38_143685_box_Incident_Summaries_173-233
Agency: Department of War
Page 31
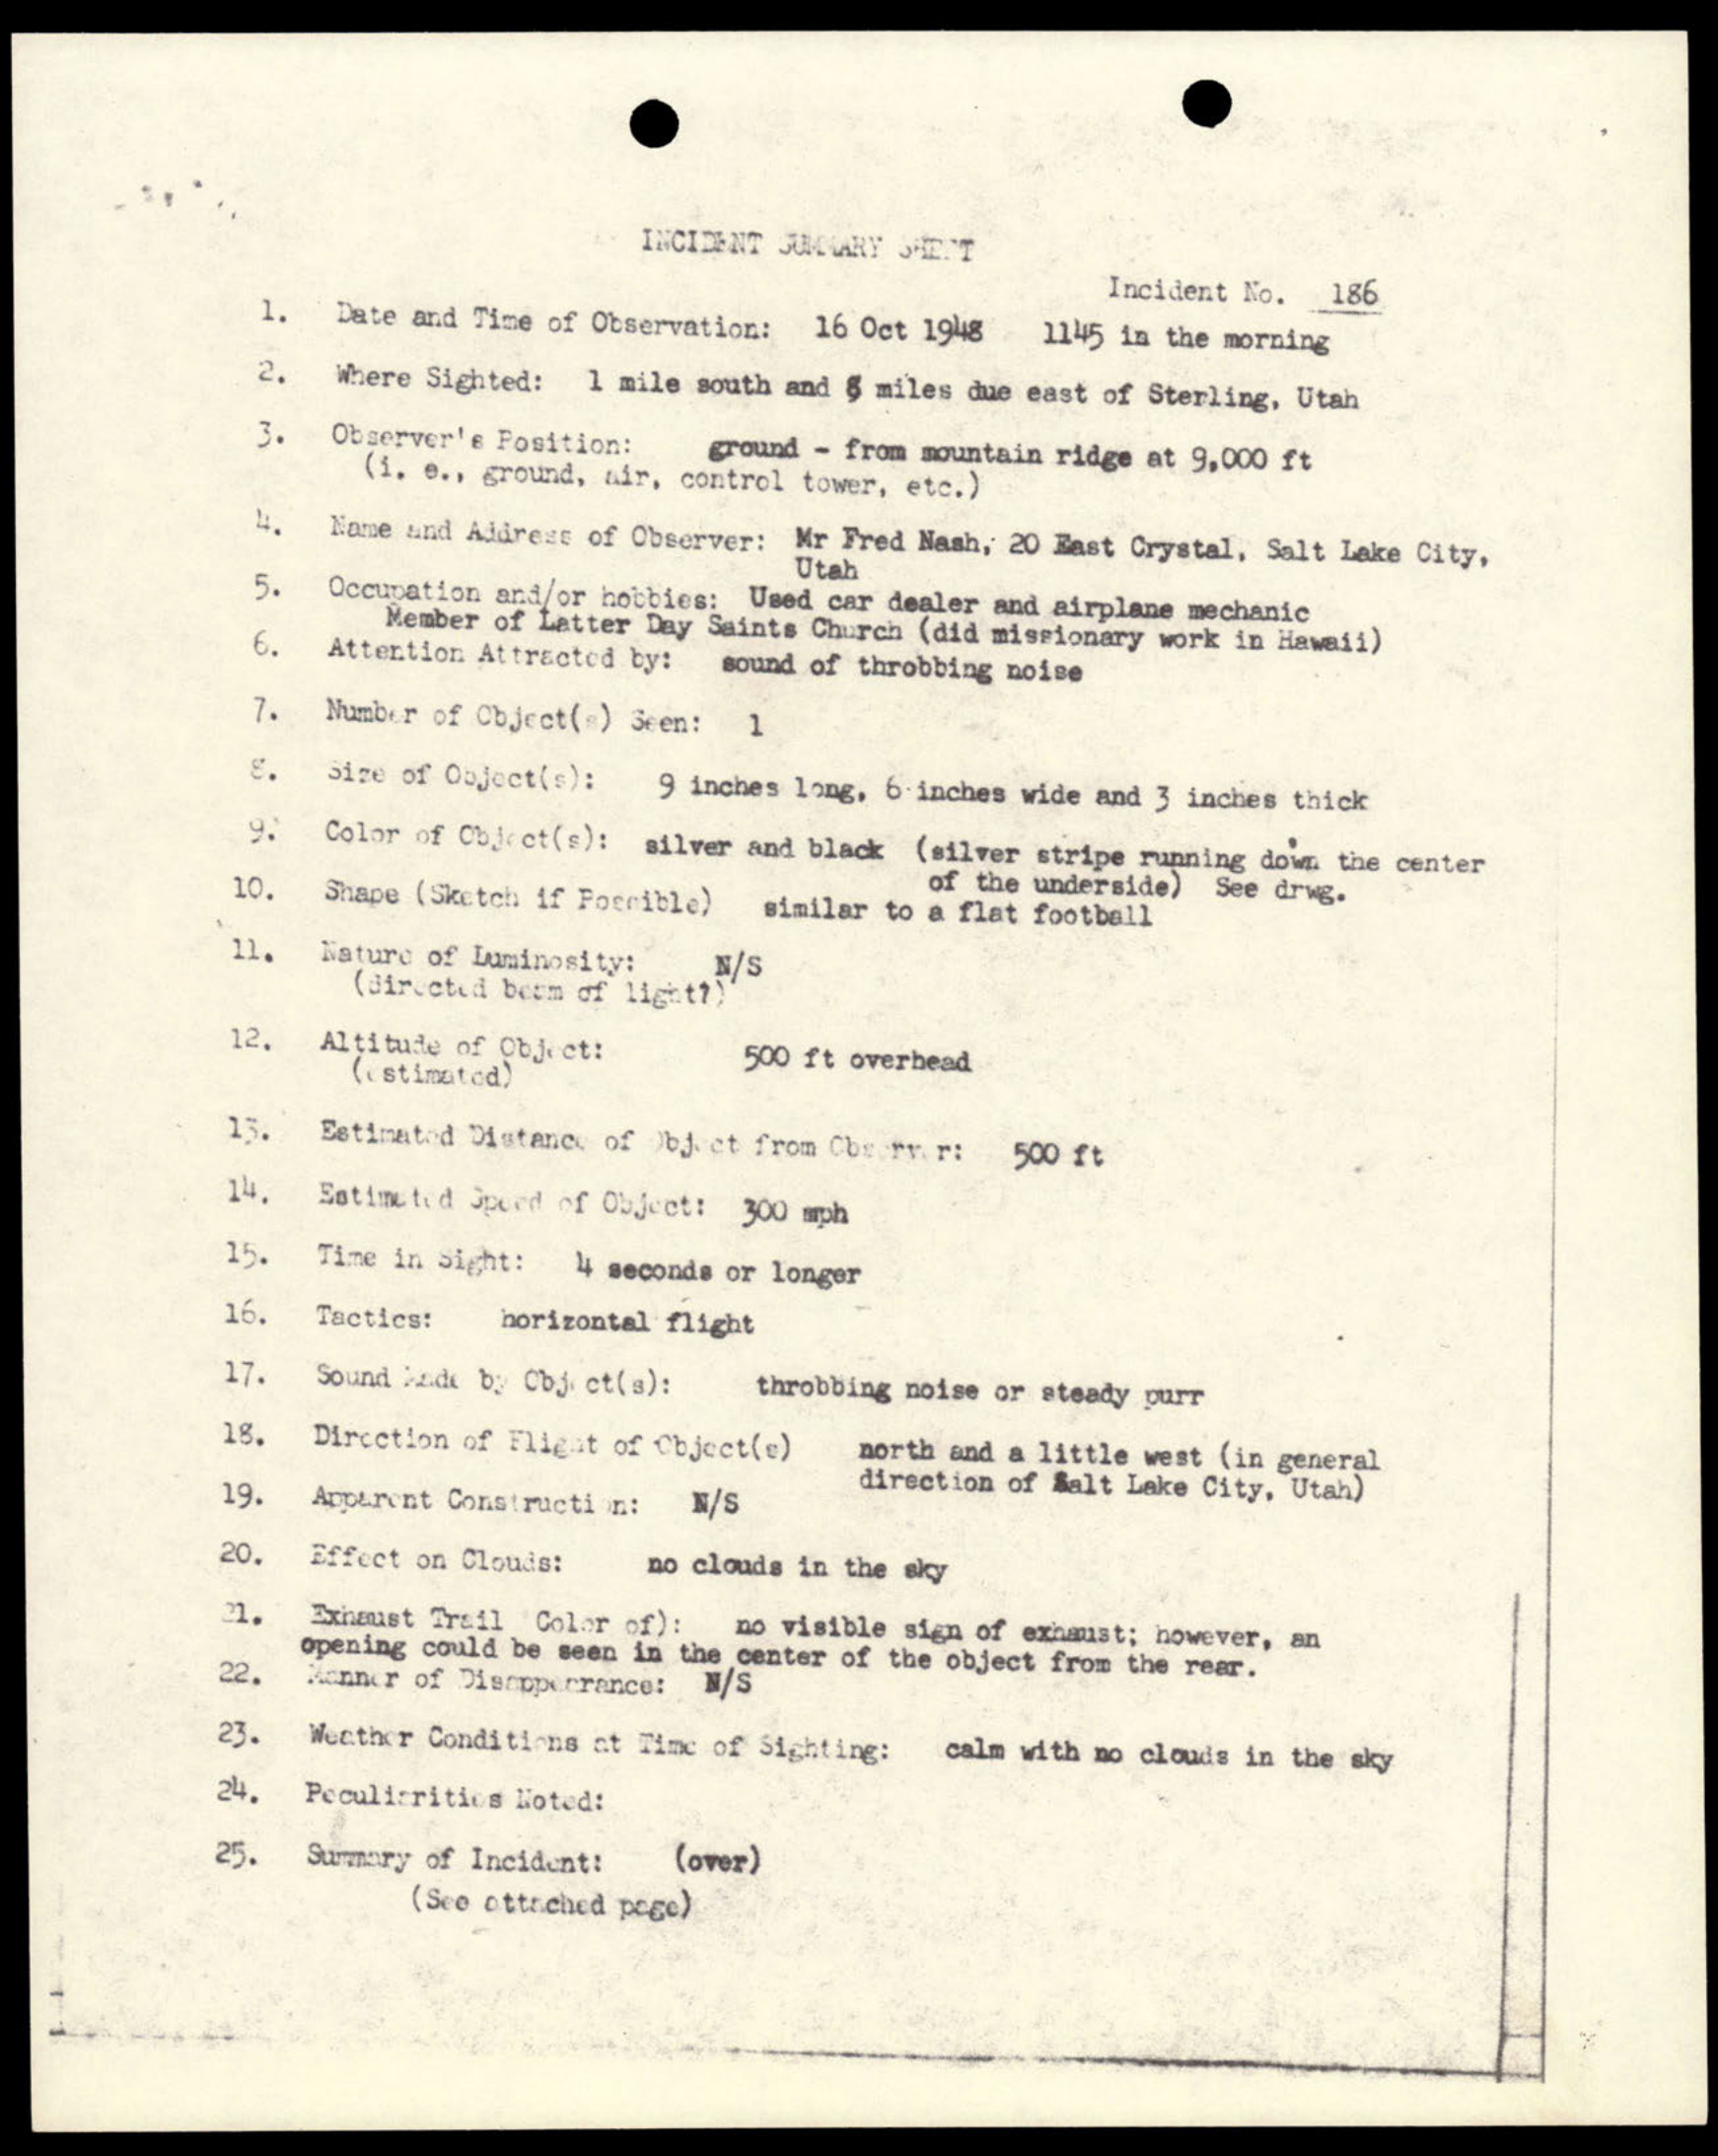